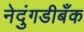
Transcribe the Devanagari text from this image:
नेदुंगडीबँक